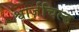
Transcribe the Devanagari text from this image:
श्वार्ज़चिल्ड